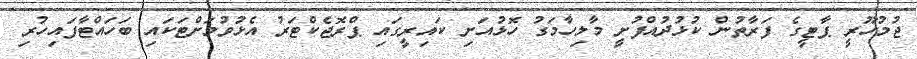
ޖުމުހޫރީ ޕާޓީގެ ފަރާތުން ކުޅުދުއްފުށީ މާލިހާމަގު ހޮޅުއަށި ކައިރީގައި ޕްރޮޖެކްޓަރު އެޅުވުމަށްޓަކައި ބަހައްޓާފައިހުރި